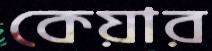
কেয়ার